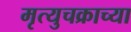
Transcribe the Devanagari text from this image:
मृत्युचक्राच्या